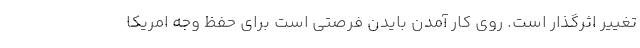
تغيير اثرگذار است. روي كار آمدن بايدن فرصتي است براي حفظ وجه امريكا